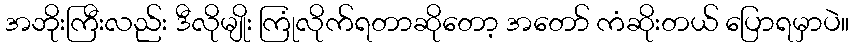
အဘိုးကြီးလည်း ဒီလိုမျိုး ကြုံလိုက်ရတာဆိုတော့ အတော် ကံဆိုးတယ် ပြောရမှာပဲ။